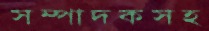
সম্পাদকসহ